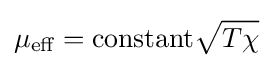
\mu _{\text{eff}}=\mathrm {constant} {\sqrt {T\chi }}